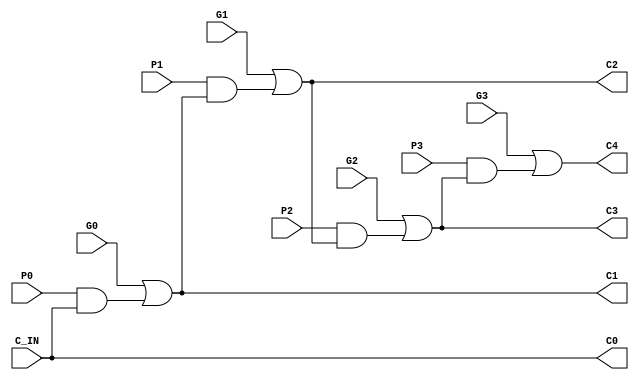
`timescale 1ns / 1ps

module CLA_gen(input C_IN,           // carry bit into gen not from adders
                     P0, P1, P2, P3, // sum bit from each half adder
                     G0, G1, G2, G3, // carry bit from each half adder
              output reg C0, C1, C2, C3, C4); // carry bit outputs
              
always @ (*)
begin
    C0 = C_IN; // first carry in bit 
    C1 = G0 | (P0 & C_IN); 
    C2 = G1 | (P1 & (G0 | (P0 & C_IN)));
    C3 = G2 | (P2 & (G1 | (P1 & (G0 | (P0 & C_IN))))); 
    C4 = G3 | (P3 & (G2 | (P2 & (G1 | (P1 & (G0 | (P0 & C_IN)))))));
end
endmodule